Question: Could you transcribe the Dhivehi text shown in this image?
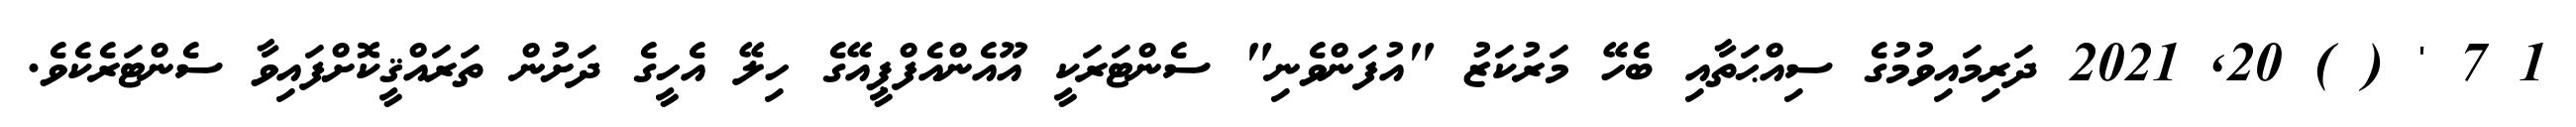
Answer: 1 7 ' ( ) 20, 2021 ދަރިމައިވުމުގެ ސިއްޙަތާއި ބެހޭ މަރުކަޒު "އުފަންވެނި" ސެންޓަރަކީ އޫއެންއެފްޕީއޭގެ ހިލޭ އެހީގެ ދަށުން ތަރައްޤީކޮށްފައިވާ ސެންޓަރެކެވެ.